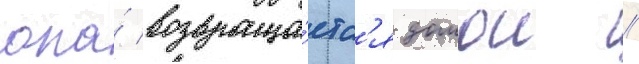
она́ возвраща́етс'я домои /